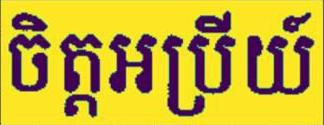
ចិត្តអប្រីយ៍